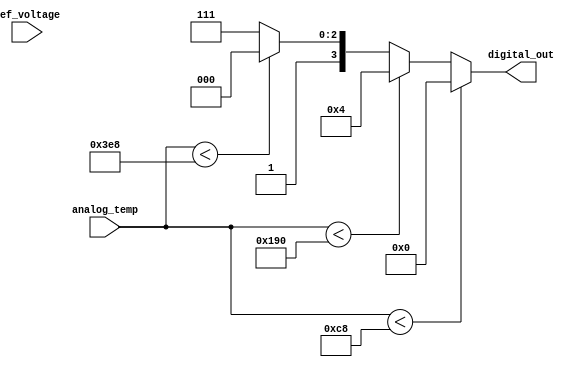
module thermal_encoder (
    input [9:0] analog_temp,    // 10-bit digital representation of the analog temperature signal
    input [9:0] ref_voltage,     // Reference voltage for threshold comparisons
    output reg [3:0] digital_out // 4-bit digital output representing the temperature
);

    // Define temperature thresholds (example values)
    parameter TEMP_MIN = 10'd200;   // -20C
    parameter TEMP_0   = 10'd400;   // 0C
    parameter TEMP_MAX = 10'd1000;  // 100C

    always @(*) begin
        // Default output
        digital_out = 4'b0000;

        // Encoding logic based on temperature ranges
        if (analog_temp < TEMP_MIN) begin
            digital_out = 4'b0000; // Below -20C
        end else if (analog_temp < TEMP_0) begin
            digital_out = 4'b0100; // Between -20C and 0C
        end else if (analog_temp < TEMP_MAX) begin
            digital_out = 4'b1000; // Between 0C and 100C
        end else begin
            digital_out = 4'b1111; // Above 100C
        end
    end

endmodule